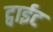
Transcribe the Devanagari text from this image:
ट्वाईट